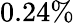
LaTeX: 0.24\%